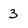
Character: 3